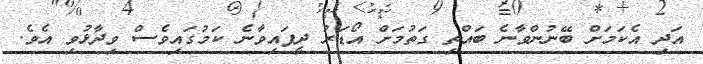
އަދި އެކަމަށް ބޭނުންވާނެ ބައްތި ގަތުމަށް އޯޑަރު ދީފައިވާނެ ކަމުގައިވެސް ވިދާޅުވި އެވެ.